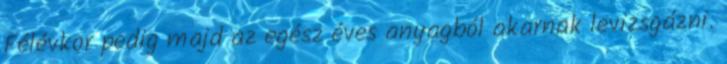
Félévkor pedig majd az egész éves anyagból akarnak levizsgázni.